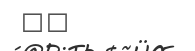
٤٧